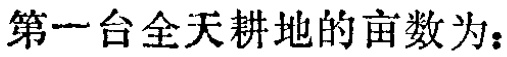
第一台全天耕地的亩数为：